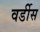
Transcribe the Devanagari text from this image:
वर्डीस